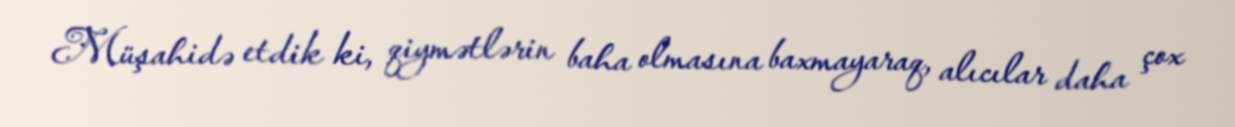
Müşahidə etdik ki, qiymətlərin baha olmasına baxmayaraq, alıcılar daha çox